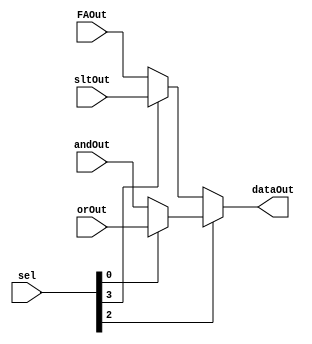
module MUX4_1(dataOut, sel, andOut, orOut, FAOut, sltOut );
    output dataOut;
    input andOut, orOut, FAOut, sltOut;
    input [5:0] sel;
    /*
    parameter AND = 6'b100100;
    parameter OR  = 6'b100101;
    
    parameter ADD = 6'b100000;
    parameter SUB = 6'b100010;
    parameter SLT = 6'b101010;
    */
    assign dataOut = sel[2] ? ( sel[0] ? orOut : andOut ) : ( sel[3] ? sltOut : FAOut);
    
endmodule